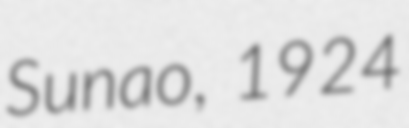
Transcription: Sunao, 1924